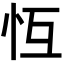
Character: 𢗝